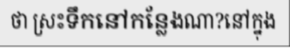
ថា ស្រះទឹកនៅកន្លែងណា?នៅក្នុង